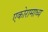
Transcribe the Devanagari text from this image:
एकोरामाध्य